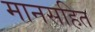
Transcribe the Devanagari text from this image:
मानसहित